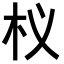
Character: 𭩚